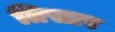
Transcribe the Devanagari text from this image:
तिसार